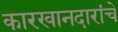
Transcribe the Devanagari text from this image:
कारखानदारांचे